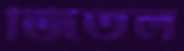
জিতল